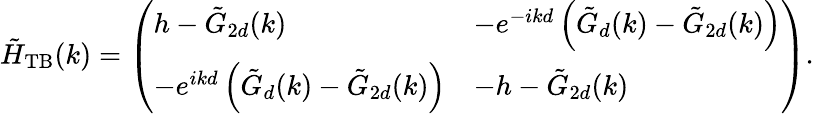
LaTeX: \tilde{H}_{\mathrm{TB}}(k)=\left(\begin{array}{ll}{h-\tilde{G}_{2d}(k)}&{-e^{-ikd}\left(\tilde{G}_{d}(k)-\tilde{G}_{2d}(k)\right)}\\ {-e^{ikd}\left(\tilde{G}_{d}(k)-\tilde{G}_{2d}(k)\right)}&{-h-\tilde{G}_{2d}(k)}\end{array}\right).